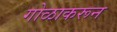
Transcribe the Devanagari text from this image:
गोळाकरून